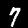
Digit: 7